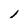
Character: l